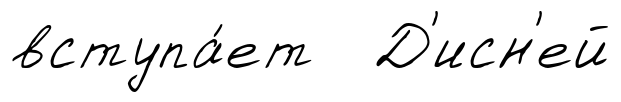
вступа́ет Д'исн'ей